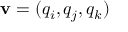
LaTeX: \mathbf { v } = ( q _ { i } , q _ { j } , q _ { k } )